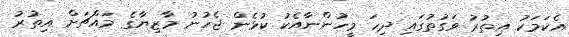
އެކަމަކު އިތުރު ވަގުތުގައި ދިހަ މީހުންނާއެކު ކުޅެން ޖެހުނު މާޒިޔާގެ މައްޗަށް އިތުރު